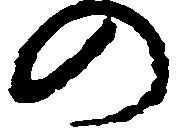
の